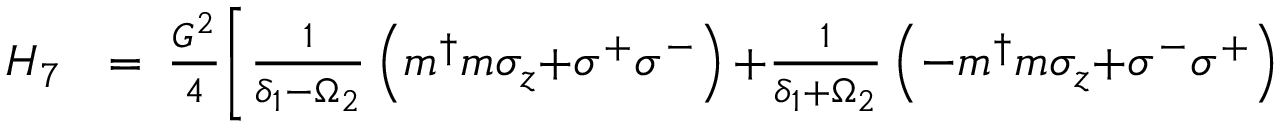
\begin{array} { r l r } { H _ { 7 } \! \! } & { { } = } & { \! \! \! \frac { G ^ { 2 } } { 4 } \Bigg [ \frac { 1 } { \delta _ { 1 } { - } \Omega _ { 2 } } \left( m ^ { \dagger } m \sigma _ { z } { + } \sigma ^ { + } \sigma ^ { - } \right) { + } \frac { 1 } { \delta _ { 1 } { + } \Omega _ { 2 } } \left( - m ^ { \dagger } m \sigma _ { z } { + } \sigma ^ { - } \sigma ^ { + } \right) } \end{array}